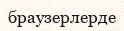
браузерлерде